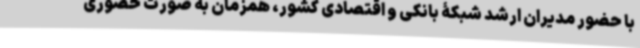
با حضور مدیران ارشد شبکۀ بانکی و اقتصادی کشور، همزمان به صورت حضوری